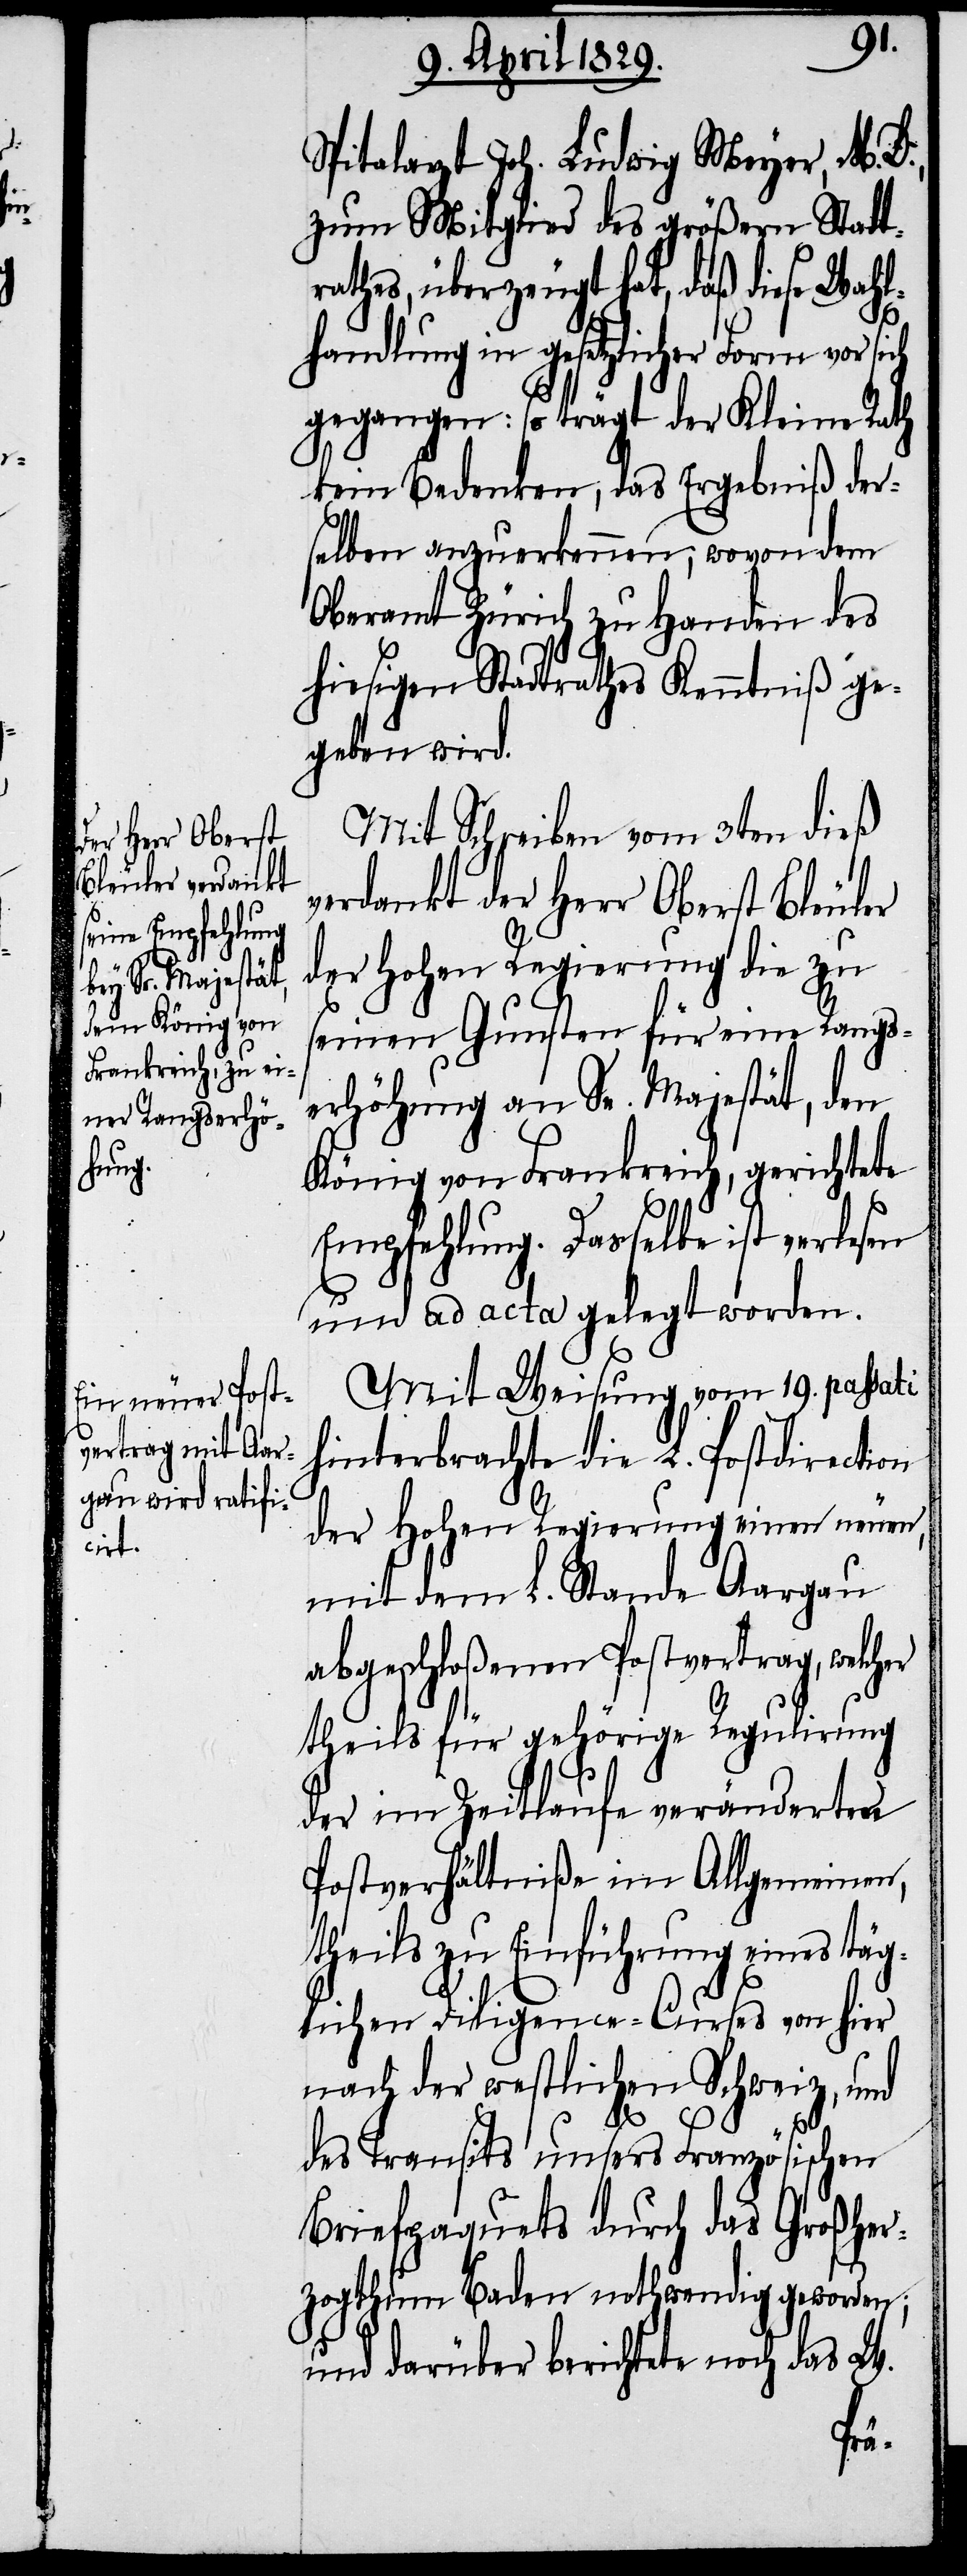
Spitalarzt Joh. Ludwig Meyer, M. D.,
zum Mitglied des größern Stadt¬
rathes, überzeugt hat, daß diese Wahl¬
handlung in gesetzlicher Form vor sich
gegangen: so trägt der Kleine Rath
kein Bedenken, das Ergebniß der¬
selben anzuerkennen, wovon dem
Oberamt Zürich zu Handen des
hiesigen Stadtrathes Kenntniß ge¬
geben wird.
Mit Schreiben vom 3ten dieß
verdankt der Herr Oberst Bleuler
der Hohen Regierung die zu
seinen Gunsten für eine Rangs¬
erhöhung an Sr. Majestät, den
König von Frankreich, gerichtete
Empfehlung. Dasselbe ist verlesen
und ad acta gelegt worden.
Mit Weisung vom 19. passati
hinterbrachte die L. Postdirection
der Hohen Regierung einen neuen,
mit dem L. Stande Aargau
abgeschloßenen Postvertrag, welcher
theils für gehörige Regulirung
der im Zeitlaufe veränderten
Postverhältniße im Allgemeinen,
theils zu Einführung eines täg¬
lichen Diligence-Curses von hier
nach der westlichen Schweiz, und
des Transits unsers Französischen
Briefpaquets durch das Großher¬
zogthum Baden nothwendig geworden;
und darüber berichtete noch das W.